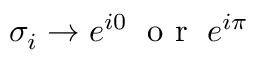
\sigma _ { i } \rightarrow e ^ { i 0 } \; \mathrm { ~ o ~ r ~ } \; e ^ { i \pi }